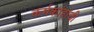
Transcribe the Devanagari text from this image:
कर्मकांडांची